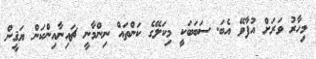
މިހާރު ވަރަށް އުފާވޭ އެބަ. ސަބަބަކީ މިކަލޭގެ ކަންތައް ނިންމާނީ ޗައިނާއިންކަން ޔަޤީން